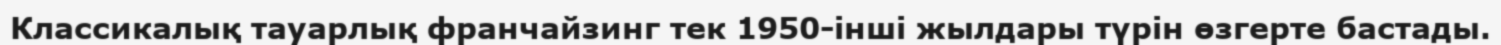
Классикалық тауарлық франчайзинг тек 1950-інші жылдары түрін өзгерте бастады.